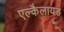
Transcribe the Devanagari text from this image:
एल्कैलायड